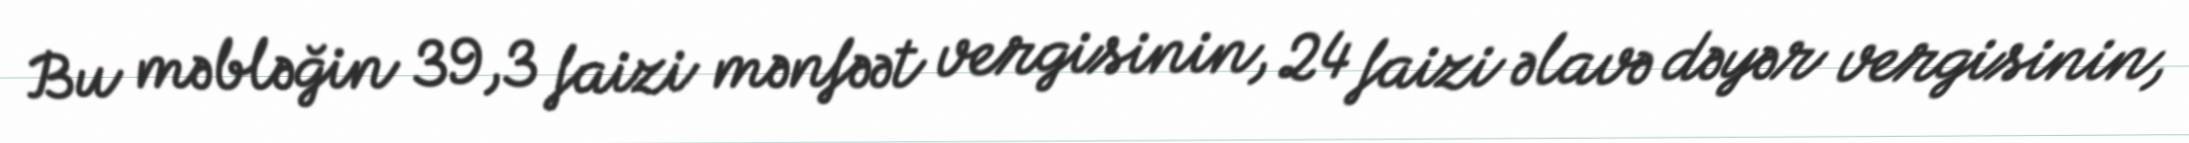
Bu məbləğin 39,3 faizi mənfəət vergisinin, 24 faizi əlavə dəyər vergisinin,